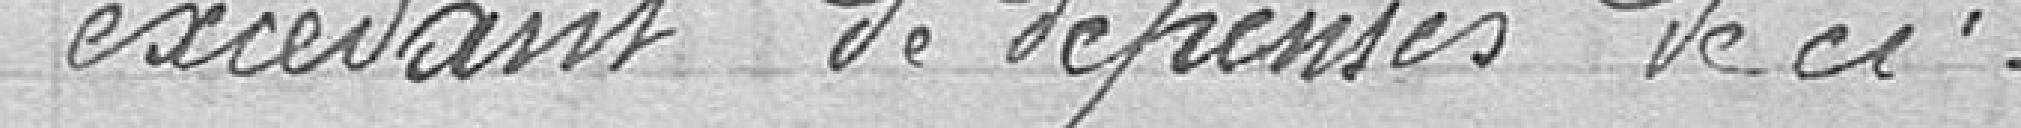
excédant de dépenses de ci